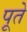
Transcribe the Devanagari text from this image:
पूते